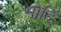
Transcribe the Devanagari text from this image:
भोदि